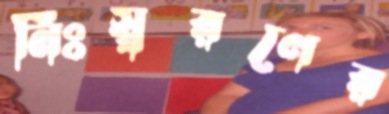
নিঃস্বরণের